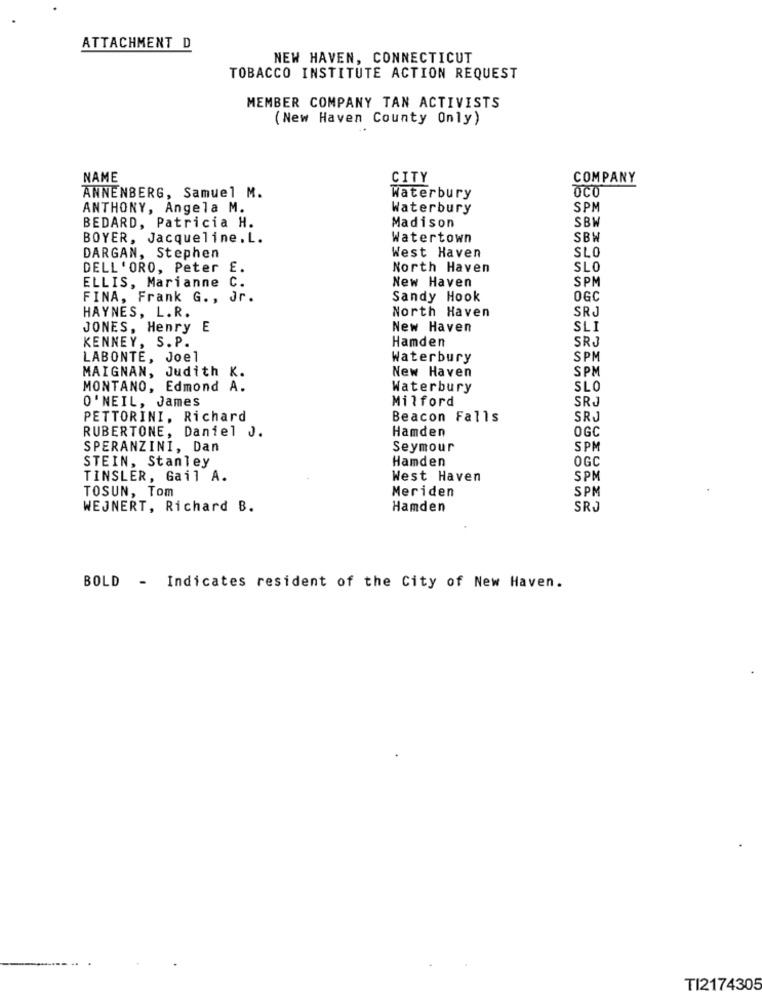
ATTACHMENT D
NEW HAVEN, CONNECTICUT
TOBACCO INSTITUTE ACTION REQUEST
MEMBER COMPANY TAN ACTIVISTS
(New Haven County Only)
NAME
CITY
COMPANY
OCO
ANNENBERG, Samuel M.
Waterbury
ANTHONY, Angela M.
Waterbury
SPM
BEDARD, Patricia H.
Madison
SBW
BOYER, Jacqueline. L.
Watertown
SBW
SLO
DARGAN, Stephen
West Haven
DELL'ORO, Peter £.
North Haven
SLO
SPM
ELLIS, Marianne
c.
New Haven
FINA, Frank G. , J
Sandy Hook
OGC
North Haven
SRJ
HAYNES, L.R.
JONES, Henry E
New Haven
SLI
Hamden
SRJ
KENNEY, S. P.
LABONTE, Joel
Waterbury
SPM
MAIGNAN, Judith K.
New Haven
SPM
MONTANO, Edmond A.
Waterbury
SLO
O'NEIL, James
Milford
SRJ
PETTORINI, Richard
Beacon Falls
SRJ
RUBERTONE, Daniel J.
Hamden
OGC
SPERANZINI, Dan
Seymour
SPM
STEIN, Stanley
Hamden
OGC
TINSLER, Gail A.
West Haven
SPM
TOSUN, Tom
Meriden
SPM
WEJNERT, Richard B.
Hamden
SRJ
BOLD - Indicates resident of the City of New Haven.
TI2174305